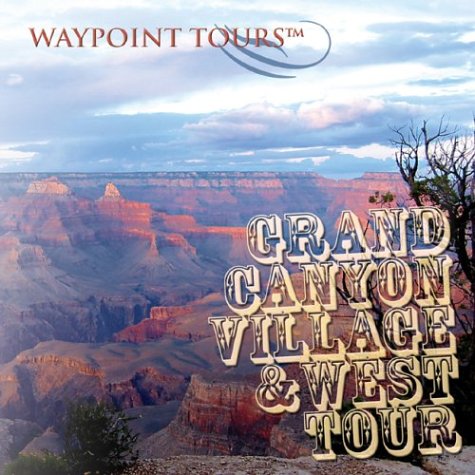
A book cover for Grand Canyon Village & West Tour; Waypoint Tours; Travel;